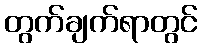
တွက်ချက်ရာတွင်